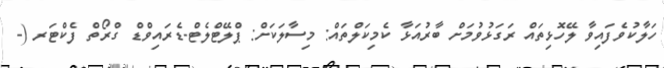
ހަލާކުވެފައިވާ ލޭހޮޅިތައް ރަގަޅުވުމަށް ބާރުއަޅާ ކެމިކަލްތައް: މިސާލަކަށް: ޕްލޭޓްލެޓް-ޑެރައިވްޑް ގްރޯތް ފެކްޓަރ (-